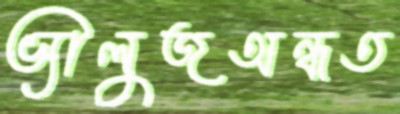
ভ্যালুজঅন্ধত